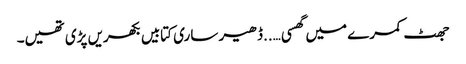
جھٹ کمرے میں گھسی …..ڈھیر ساری کتابیں بکھریں پڑی تھیں۔